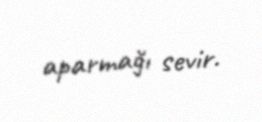
aparmağı sevir.